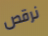
نرقص